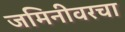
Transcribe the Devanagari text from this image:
जमिनीवरचा